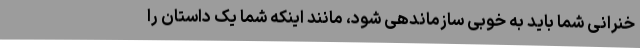
خنرانی شما باید به خوبی سازماندهی شود، مانند اینکه شما یک داستان را